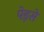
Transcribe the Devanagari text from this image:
पेड़से